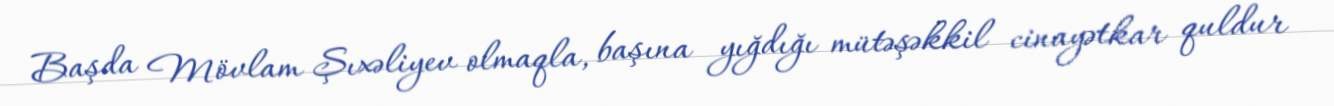
Başda Mövlam Şıxəliyev olmaqla, başına yığdığı mütəşəkkil cinayətkar quldur